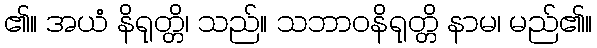
၏။ အယံ နိရုတ္တိ၊ သည်။ သဘာဝနိရုတ္တိ နာမ၊ မည်၏။